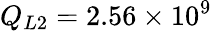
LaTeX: Q_{L2}=2.56\times 10^{9}